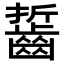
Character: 𪘔